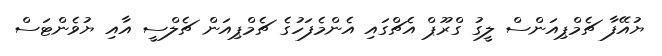
ޔުއޭފާ ޗެމްޕިއަންސް ލީގު ގްރޫޕް އެޗްގައި އެންމެފަހުގެ ޗެމްޕިއަން ޗެލްސީ އާއި ޔުވެންޓަސް